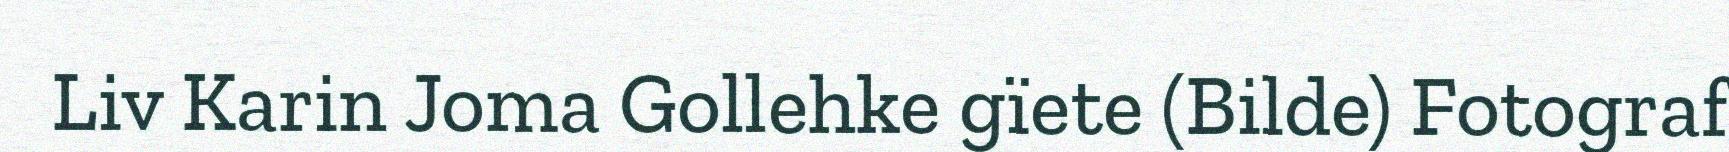
Liv Karin Joma Gollehke gïete (Bilde) Fotograf